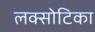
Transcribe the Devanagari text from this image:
लक्सोटिका